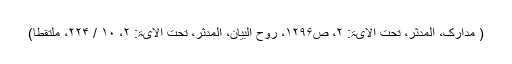
( مدارک، المدثر، تحت الآیۃ: ۲، ص۱۲۹۶، روح البیان، المدثر، تحت الآیۃ: ۲، ۱۰ / ۲۲۴، ملتقطاً)